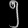
Digit: ၅